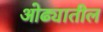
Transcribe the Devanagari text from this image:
ओढ्यातील